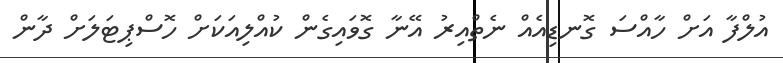
އުލްފާ އަށް ހާއްސަ ގޮނޑިއެއް ނެތްއިރު އޭނާ ގޮވައިގެން ކުއްލިއަކަށް ހޮސްޕިޓަލަށް ދާން